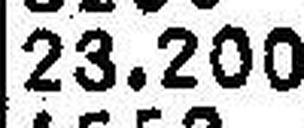
23.200